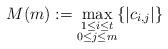
LaTeX: \begin{align*}M(m) := \max_{\substack{1 \leq i \leq t \\ 0 \leq j \leq m}}\{|c_{i, j}|\}\end{align*}